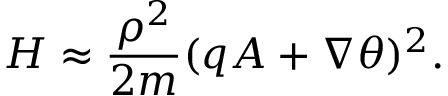
H \approx { \frac { \rho ^ { 2 } } { 2 m } } ( q A + \nabla \theta ) ^ { 2 } .